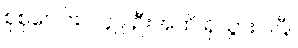
စုစုပေါင်း ၁၄၉ ဦးအထိ ရှိသွားပါပြီ။